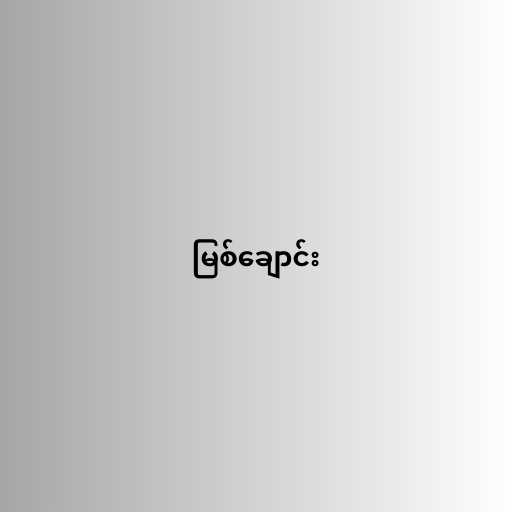
မြစ်ချောင်း